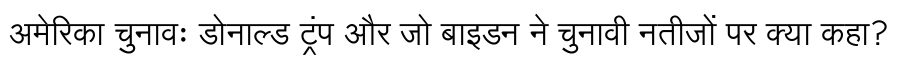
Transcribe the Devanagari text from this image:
अमेरिका चुनावः डोनाल्ड ट्रंप और जो बाइडन ने चुनावी नतीजों पर क्या कहा?